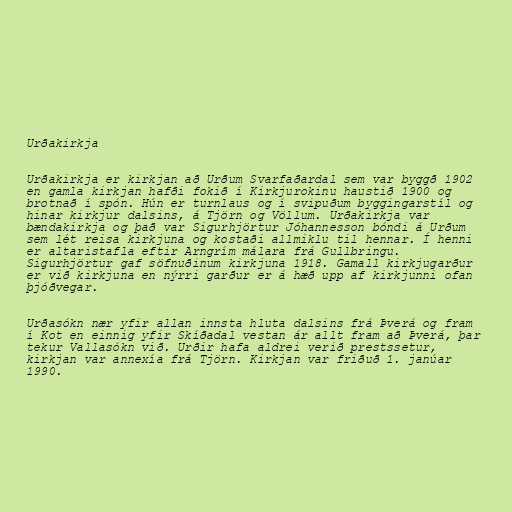
Urðakirkja

Urðakirkja er kirkjan að Urðum Svarfaðardal sem var byggð 1902
en gamla kirkjan hafði fokið í Kirkjurokinu haustið 1900 og
brotnað í spón. Hún er turnlaus og í svipuðum byggingarstíl og
hinar kirkjur dalsins, á Tjörn og Völlum. Urðakirkja var
bændakirkja og það var Sigurhjörtur Jóhannesson bóndi á Urðum
sem lét reisa kirkjuna og kostaði allmiklu til hennar. Í henni
er altaristafla eftir Arngrím málara frá Gullbringu.
Sigurhjörtur gaf söfnuðinum kirkjuna 1918. Gamall kirkjugarður
er við kirkjuna en nýrri garður er á hæð upp af kirkjunni ofan
þjóðvegar.

Urðasókn nær yfir allan innsta hluta dalsins frá Þverá og fram
í Kot en einnig yfir Skíðadal vestan ár allt fram að Þverá, þar
tekur Vallasókn við. Urðir hafa aldrei verið prestssetur,
kirkjan var annexía frá Tjörn. Kirkjan var friðuð 1. janúar
1990.